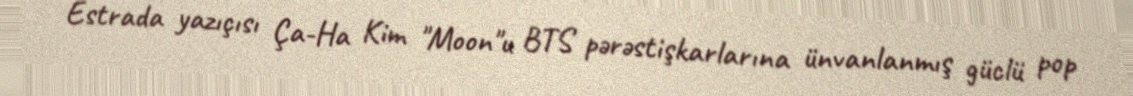
Estrada yazıçısı Ça-Ha Kim "Moon"u BTS pərəstişkarlarına ünvanlanmış güclü pop